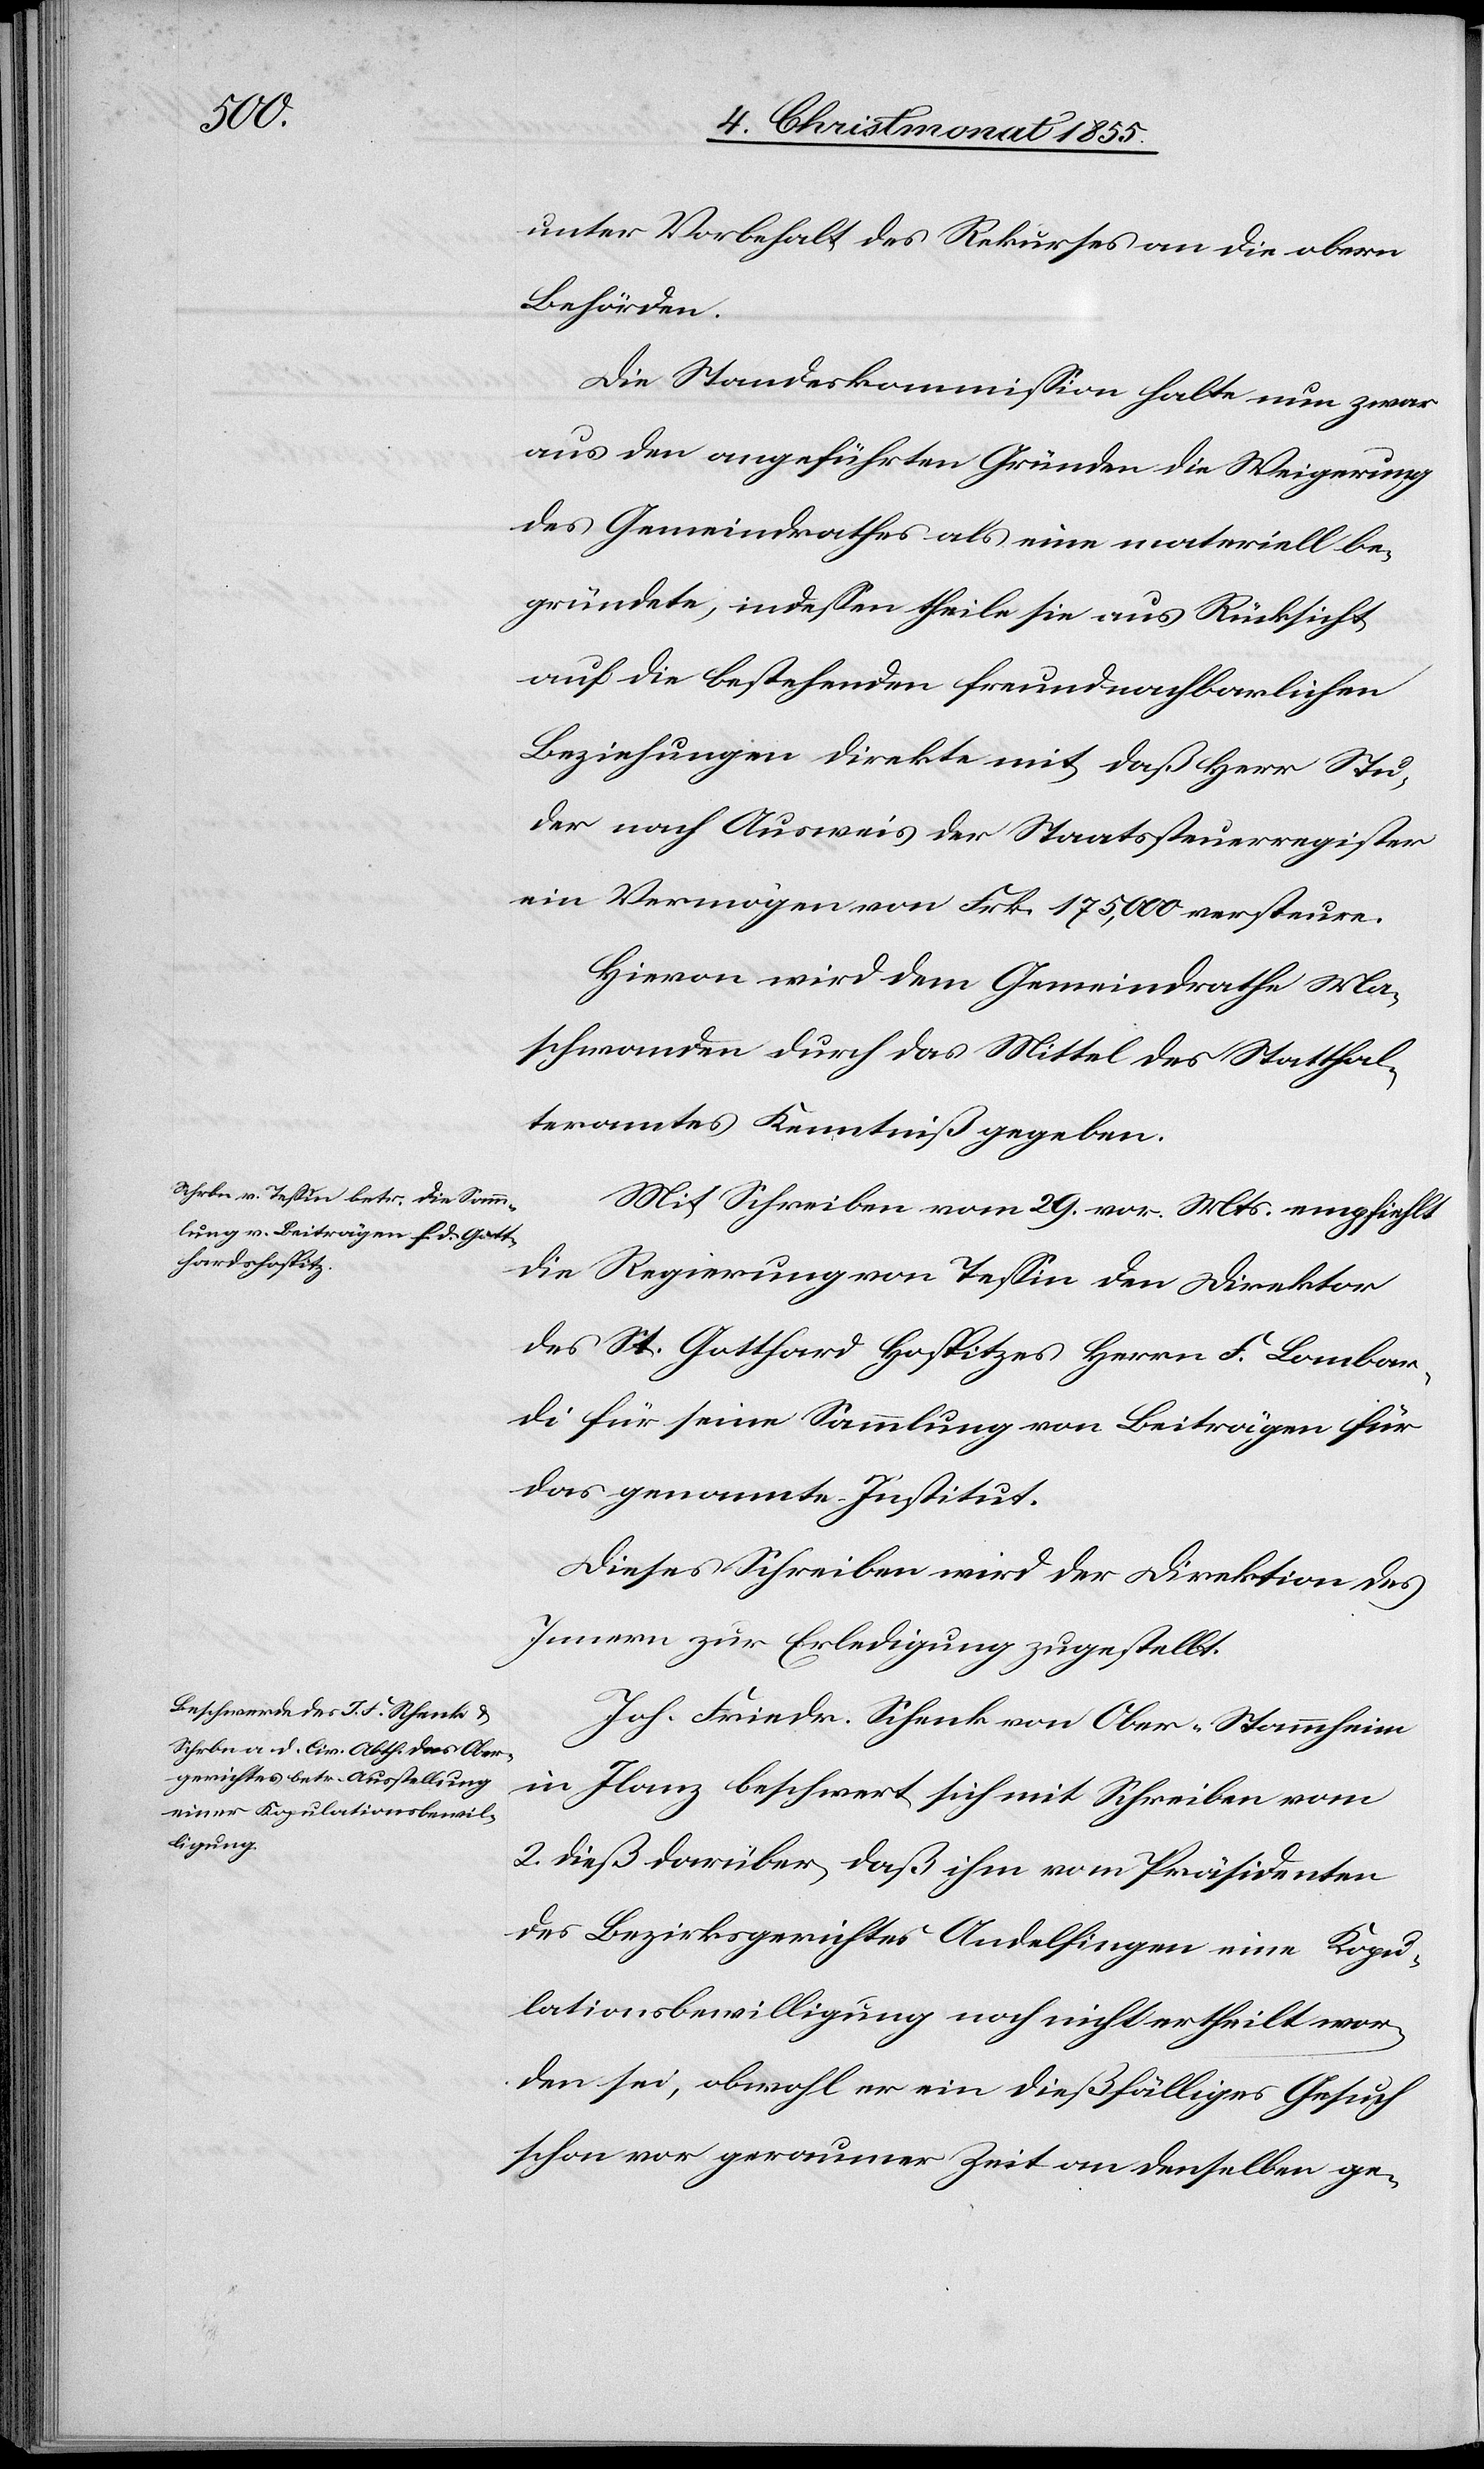
unter Vorbehalt des Rekurses an die obern
Behörden.
Die Standeskommission halte nun zwar
aus den angeführten Gründen die Weigerung
des Gemeindrathes als eine materiell be¬
gründete, indessen theile sie aus Rücksicht
auf die bestehenden freundnachbarlichen
Beziehungen direkte mit, daß Herr Stu¬
der nach Ausweis der Staatssteuerregister
ein Vermögen von Frk. 175,000 versteure.
Hievon wird dem Gemeindrathe Ma¬
schwanden durch das Mittel des Statthal¬
teramtes Kenntniß gegeben.
Mit Schreiben vom 29. vor. Mts. empfiehlt
die Regierung von Tessin den Direktor
des St. Gotthard Hospitzes Herrn F. Lombar¬
di für seine Sammlung von Beiträgen für
das genannte Institut.
Dieses Schreiben wird der Direktion des
Innern zur Erledigung zugestellt.
Joh. Friedr. Schenk von Ober-Stammheim
in Ilanz beschwert sich mit Schreiben vom
2. dieß darüber, daß ihm vom Präsidenten
des Bezirksgerichtes Andelfingen eine Kopu¬
lationsbewilligung noch nicht ertheilt wor¬
den sei, obwohl er ein dießfälliges Gesuch
schon vor geraumer Zeit an denselben ge-